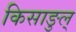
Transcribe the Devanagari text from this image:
किसाङुल्